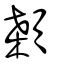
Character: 顙